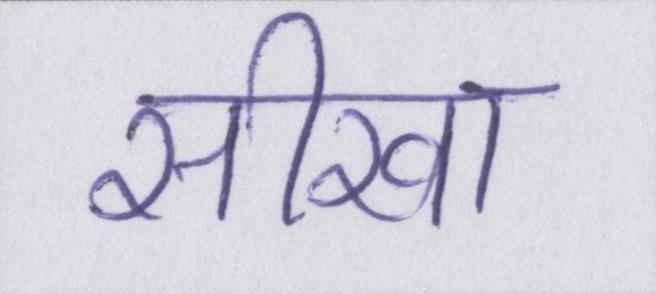
सीखा